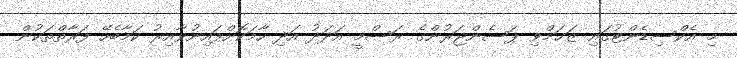
މި އެކްސިޑެންޓުގައި ޒަޚަމްވި ޕަސެންޖަރުންގެ ރަސްމީ އަދަދު އަދި ހާމަކޮށްފައިނުވާއިރު ކަމާބެހޭ ފަރާތްތަކުން